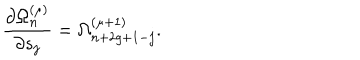
LaTeX: { \frac { \partial \Omega _ { n } ^ { ( \mu ) } } { \partial s _ { j } } } = \Omega _ { n + 2 g + 1 - j } ^ { ( \mu + 1 ) } .